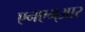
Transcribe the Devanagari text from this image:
एनएम्आर